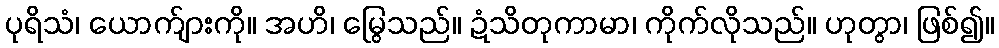
ပုရိသံ၊ ယောက်ျားကို။ အဟိ၊ မြွေသည်။ ဍံသိတုကာမာ၊ ကိုက်လိုသည်။ ဟုတွာ၊ ဖြစ်၍။